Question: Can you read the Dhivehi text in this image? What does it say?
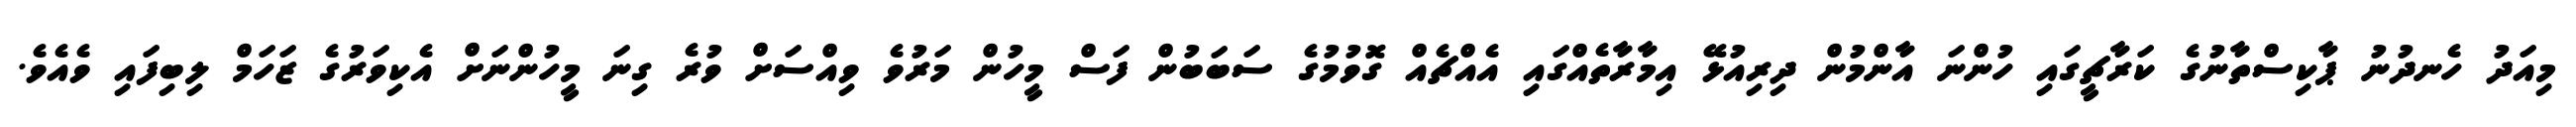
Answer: މިއަދު ހެނދުނު ޕާކިސްތާނުގެ ކަރާޗީގައި ހުންނަ އާންމުން ދިރިއުޅޭ އިމާރާތެއްގައި އެއްޗެއް ގޮވުމުގެ ސަބަބުން ފަސް މީހުން މަރުވެ ވިއްސަށް ވުރެ ގިނަ މީހުންނަށް އެކިވަރުގެ ޒަހަމް ލިބިފައި ވެއެވެ.